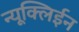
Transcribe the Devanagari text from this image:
न्यूक्लिईन